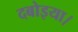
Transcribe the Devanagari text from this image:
दबोइया।